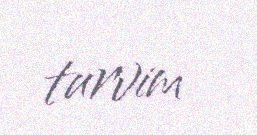
turvim